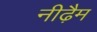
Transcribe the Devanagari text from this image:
नीढ़ैम